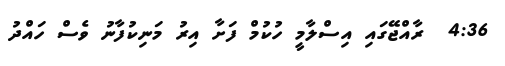
4:36  ރާއްޖޭގައި އިސްލާމީ ހުކުމް ފަށާ އިރު މަނިކުފާނު ވެސް ހައްދު